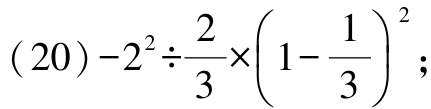
\((20)-2^{2}\div\frac{2}{3}\times(1 - \frac{1}{3})^{2};\)